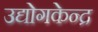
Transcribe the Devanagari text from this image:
उद्योगकेन्द्र